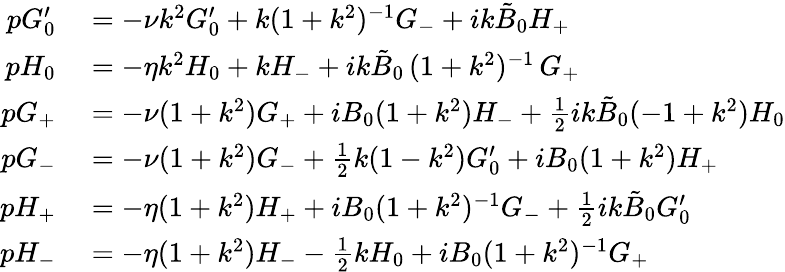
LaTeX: \begin{array}{rl}{pG_{0}^{\prime}}&{{}=-\nu k^{2}G_{0}^{\prime}+{k}(1+k^{2})^{-1}G_{-}+ik\tilde{B}_{0}H_{+}}\\ {pH_{0}}&{{}=-\eta k^{2}H_{0}+kH_{-}+ik\tilde{B}_{0}\, (1+k^{2})^{-1}\, G_{+}}\\ {pG_{+}}&{{}=-\nu(1+k^{2})G_{+}+iB_{0}(1+k^{2})H_{-}+\frac{1}{2}{ik\tilde{B}_{0}}(-1+k^{2})H_{0}}\\ {pG_{-}}&{{}=-\nu(1+k^{2})G_{-}+\frac{1}{2}k(1-k^{2})G_{0}^{\prime}+iB_{0}(1+k^{2})H_{+}}\\ {pH_{+}}&{{}=-\eta(1+k^{2})H_{+}+iB_{0}(1+k^{2})^{-1}G_{-}+\frac{1}{2}ik\tilde{B}_{0}G_{0}^{\prime}}\\ {pH_{-}}&{{}=-\eta(1+k^{2})H_{-}-\frac{1}{2}kH_{0}+iB_{0}(1+k^{2})^{-1}G_{+}}\end{array}